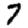
Digit: 7